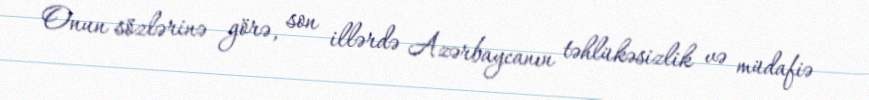
Onun sözlərinə görə, son illərdə Azərbaycanın təhlükəsizlik və müdafiə